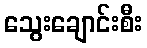
သွေးချောင်းစီး